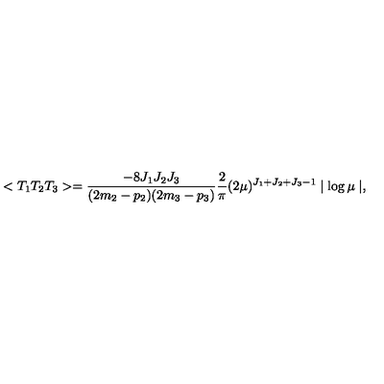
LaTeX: < T _ { 1 } T _ { 2 } T _ { 3 } > = \frac { - 8 J _ { 1 } J _ { 2 } J _ { 3 } } { ( 2 m _ { 2 } - p _ { 2 } ) ( 2 m _ { 3 } - p _ { 3 } ) } \frac { 2 } { \pi } ( 2 \mu ) ^ { J _ { 1 } + J _ { 2 } + J _ { 3 } - 1 } \mid \log \mu \mid ,